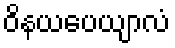
ဝိနယပေယျာလံ